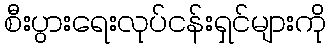
စီးပွားရေးလုပ်ငန်းရှင်များကို